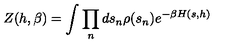
Z ( h , \beta ) = \int \prod _ { n } d s _ { n } \rho ( s _ { n } ) e ^ { - \beta H ( s , h ) }